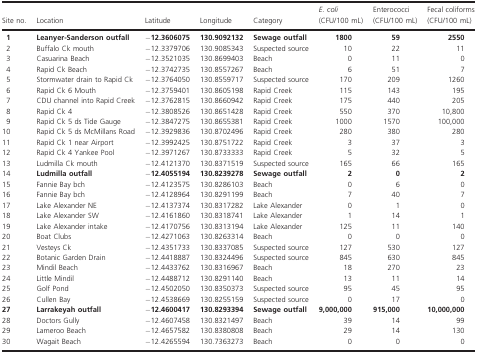
<table><thead><tr><td><b>Site no.</b></td><td><b>Location</b></td><td><b>Latitude</b></td><td><b>Longitude</b></td><td><b>Category</b></td><td><b><i>E. coli</i>(CFU/100 mL)</b></td><td><b>Enterococci(CFU/100 mL)</b></td><td><b>Fecal coliforms(CFU/100 mL)</b></td></tr></thead><tbody><tr><td><b>1</b></td><td><b>Leanyer-Sanderson outfall</b></td><td><b>−12.3606075</b></td><td><b>130.9092132</b></td><td><b>Sewage outfall</b></td><td><b>1800</b></td><td><b>59</b></td><td><b>2550</b></td></tr><tr><td>2</td><td>Buffalo Ck mouth</td><td>−12.3379706</td><td>130.9085343</td><td>Suspected source</td><td>10</td><td>22</td><td>11</td></tr><tr><td>3</td><td>Casuarina Beach</td><td>−12.3521035</td><td>130.8699403</td><td>Beach</td><td>0</td><td>11</td><td>0</td></tr><tr><td>4</td><td>Rapid Ck Beach</td><td>−12.3742735</td><td>130.8557267</td><td>Beach</td><td>6</td><td>51</td><td>7</td></tr><tr><td>5</td><td>Stormwater drain to Rapid Ck</td><td>−12.3764050</td><td>130.8559717</td><td>Suspected source</td><td>170</td><td>209</td><td>1260</td></tr><tr><td>6</td><td>Rapid Ck 6 Mouth</td><td>−12.3759401</td><td>130.8605198</td><td>Rapid Creek</td><td>115</td><td>143</td><td>195</td></tr><tr><td>7</td><td>CDU channel into Rapid Creek</td><td>−12.3762815</td><td>130.8660942</td><td>Rapid Creek</td><td>175</td><td>440</td><td>205</td></tr><tr><td>8</td><td>Rapid Ck 4</td><td>−12.3808526</td><td>130.8651428</td><td>Rapid Creek</td><td>550</td><td>370</td><td>10,800</td></tr><tr><td>9</td><td>Rapid Ck 5 ds Tide Gauge</td><td>−12.3847275</td><td>130.8655381</td><td>Rapid Creek</td><td>1000</td><td>1570</td><td>100,000</td></tr><tr><td>10</td><td>Rapid Ck 5 ds McMillans Road</td><td>−12.3929836</td><td>130.8702496</td><td>Rapid Creek</td><td>280</td><td>380</td><td>280</td></tr><tr><td>11</td><td>Rapid Ck 1 near Airport</td><td>−12.3992425</td><td>130.8751722</td><td>Rapid Creek</td><td>3</td><td>37</td><td>3</td></tr><tr><td>12</td><td>Rapid Ck 4 Yankee Pool</td><td>−12.3971267</td><td>130.8733333</td><td>Rapid Creek</td><td>5</td><td>32</td><td>5</td></tr><tr><td>13</td><td>Ludmilla Ck mouth</td><td>−12.4121370</td><td>130.8371519</td><td>Suspected source</td><td>165</td><td>66</td><td>165</td></tr><tr><td>14</td><td><b>Ludmilla outfall</b></td><td><b>−12.4055194</b></td><td><b>130.8239278</b></td><td><b>Sewage outfall</b></td><td><b>2</b></td><td><b>0</b></td><td><b>2</b></td></tr><tr><td>15</td><td>Fannie Bay bch</td><td>−12.4123575</td><td>130.8286103</td><td>Beach</td><td>0</td><td>6</td><td>0</td></tr><tr><td>16</td><td>Fannie Bay bch</td><td>−12.4128964</td><td>130.8291199</td><td>Beach</td><td>7</td><td>40</td><td>7</td></tr><tr><td>17</td><td>Lake Alexander NE</td><td>−12.4137374</td><td>130.8317282</td><td>Lake Alexander</td><td>0</td><td>1</td><td>0</td></tr><tr><td>18</td><td>Lake Alexander SW</td><td>−12.4161860</td><td>130.8318741</td><td>Lake Alexander</td><td>1</td><td>14</td><td>1</td></tr><tr><td>19</td><td>Lake Alexander intake</td><td>−12.4170756</td><td>130.8313194</td><td>Lake Alexander</td><td>125</td><td>11</td><td>140</td></tr><tr><td>20</td><td>Boat Clubs</td><td>−12.4271063</td><td>130.8263314</td><td>Beach</td><td>0</td><td>0</td><td>0</td></tr><tr><td>21</td><td>Vesteys Ck</td><td>−12.4351733</td><td>130.8337085</td><td>Suspected source</td><td>127</td><td>530</td><td>127</td></tr><tr><td>22</td><td>Botanic Garden Drain</td><td>−12.4418887</td><td>130.8324496</td><td>Suspected source</td><td>845</td><td>630</td><td>845</td></tr><tr><td>23</td><td>Mindil Beach</td><td>−12.4433762</td><td>130.8316967</td><td>Beach</td><td>18</td><td>270</td><td>23</td></tr><tr><td>24</td><td>Little Mindil</td><td>−12.4488712</td><td>130.8291140</td><td>Beach</td><td>13</td><td>11</td><td>14</td></tr><tr><td>25</td><td>Golf Pond</td><td>−12.4502050</td><td>130.8350373</td><td>Suspected source</td><td>95</td><td>45</td><td>95</td></tr><tr><td>26</td><td>Cullen Bay</td><td>−12.4538669</td><td>130.8255159</td><td>Suspected source</td><td>0</td><td>17</td><td>0</td></tr><tr><td><b>27</b></td><td><b>Larrakeyah outfall</b></td><td><b>−12.4600417</b></td><td><b>130.8293394</b></td><td><b>Sewage outfall</b></td><td><b>9,000,000</b></td><td><b>915,000</b></td><td><b>10,000,000</b></td></tr><tr><td>28</td><td>Doctors Gully</td><td>−12.4607458</td><td>130.8321497</td><td>Beach</td><td>39</td><td>14</td><td>99</td></tr><tr><td>29</td><td>Lameroo Beach</td><td>−12.4657582</td><td>130.8380808</td><td>Beach</td><td>29</td><td>14</td><td>130</td></tr><tr><td>30</td><td>Wagait Beach</td><td>−12.4265594</td><td>130.7363273</td><td>Beach</td><td>0</td><td>0</td><td>0</td></tr></tbody></table>